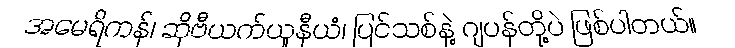
အမေရိကန်၊ ဆိုဗီယက်ယူနီယံ၊ ပြင်သစ်နဲ့ ဂျပန်တို့ပဲ ဖြစ်ပါတယ်။